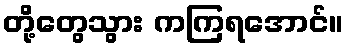
တို့တွေသွား ကကြရအောင်။